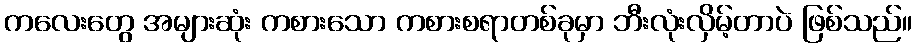
ကလေးတွေ အများဆုံး ကစားသော ကစားစရာတစ်ခုမှာ ဘီးလုံးလှိမ့်တာပဲ ဖြစ်သည်။